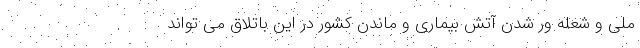
ملی و شعله ور شدن آتش بیماری و ماندن کشور در این باتلاقِ می تواند